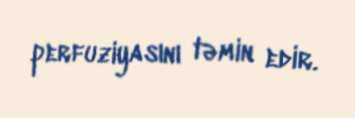
perfuziyasını təmin edir.